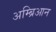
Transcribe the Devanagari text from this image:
अम्ब्रिआन